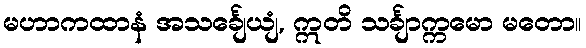
မဟာကထာနံ အသင်္ချေယျံ, ဣတိ သင်္ချာက္ကမော မတော။